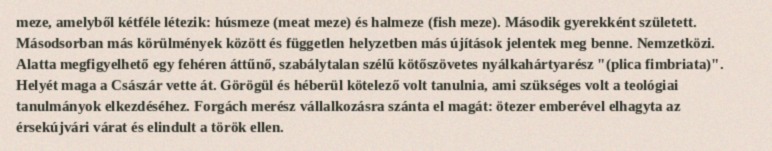
meze, amelyből kétféle létezik: húsmeze (meat meze) és halmeze (fish meze). Második gyerekként született. Másodsorban más körülmények között és független helyzetben más újítások jelentek meg benne. Nemzetközi. Alatta megfigyelhető egy fehéren áttűnő, szabálytalan szélű kötőszövetes nyálkahártyarész "(plica fimbriata)". Helyét maga a Császár vette át. Görögül és héberül kötelező volt tanulnia, ami szükséges volt a teológiai tanulmányok elkezdéséhez. Forgách merész vállalkozásra szánta el magát: ötezer emberével elhagyta az érsekújvári várat és elindult a török ellen.